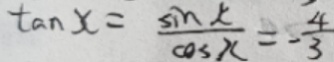
\tan x = \frac { \sin x } { \cos x } = - \frac { 4 } { 3 }